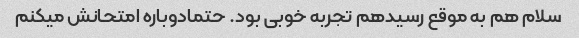
سلام هم به موقع رسیدهم تجربه خوبی بود. حتمادوباره امتحانش میکنم